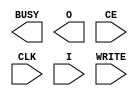
// $Header: /devl/xcs/repo/env/Databases/CAEInterfaces/xec_libs/data/unisims/ICAP_SPARTAN6.v,v 1.4 2011/12/01 19:28:04 vandanad Exp $
///////////////////////////////////////////////////////////////////////////////
// Copyright (c) 1995/2009 Xilinx, Inc.
// All Right Reserved.
///////////////////////////////////////////////////////////////////////////////
//   ____  ____
//  /   /\/   /
// /___/  \  /    Vendor : Xilinx
// \   \   \/     Version : 11.1i (L.11)
//  \   \         Description : Xilinx Formal Library Component
//  /   /
// /___/   /\     Filename : ICAP_SPARTAN6.v
// \   \  /  \    Timestamp :
//  \___\/\___\
//
// Revision:
//    04/28/09 - Initial version.
// End Revision

`timescale  1 ps / 1 ps

module ICAP_SPARTAN6 (
  BUSY,
  O,
  CE,
  CLK,
  I,
  WRITE
);
  
  parameter DEVICE_ID = 32'h04000093;

  parameter SIM_CFG_FILE_NAME = "NONE";


  output BUSY;
  output [15:0] O;

  input CE;
  input CLK;
  input WRITE;
  input [15:0] I;

endmodule